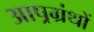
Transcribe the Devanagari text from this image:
आष्रग्रंथों